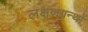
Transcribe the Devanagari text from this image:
लक्षणग्रन्थों